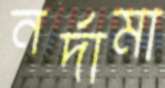
নর্দামা